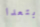
ابتعدا